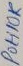
Text: POH10K